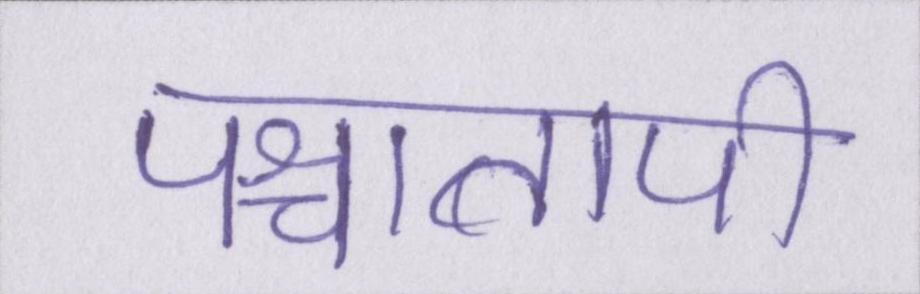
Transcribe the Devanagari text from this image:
पश्चातापी